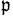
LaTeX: ^\mathfrak{p}